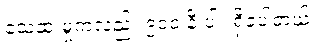
သေဆုံးမှုကလည်း ၉၀၀ နီးပါး ရှိခဲ့ပါတယ်။